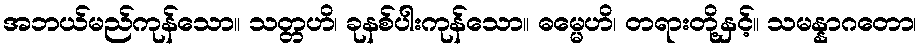
အဘယ်မည်ကုန်သော။ သတ္တဟိ၊ ခုနစ်ပါးကုန်သော။ ဓမ္မေဟိ၊ တရားတို့နှင့်။ သမန္နာဂတော၊